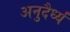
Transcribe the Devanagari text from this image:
अनुदैर्ध्यं